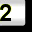
Digit: 2